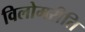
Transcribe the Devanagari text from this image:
विलोमरीति